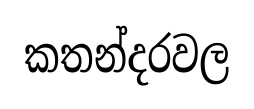
කතන්දරවල